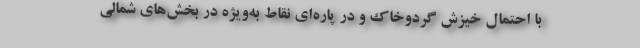
با احتمال خیزش گردوخاک و در پاره‌ای نقاط به‌ویژه در بخش‌های شمالی